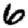
Digit: 6